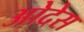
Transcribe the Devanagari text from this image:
ओदेस